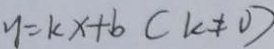
y = k x + b ( k \neq 0 )